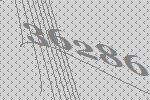
36286